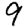
Digit: 9